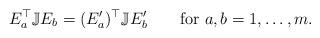
LaTeX: \begin{align*}E_a^\top\mathbb{J} E_b = (E'_a)^\top\mathbb{J} E'_b \qquad\textrm{for }a,b=1,\ldots, m.\end{align*}